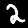
Label: 2